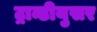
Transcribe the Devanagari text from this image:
ट्रान्डीयुसर